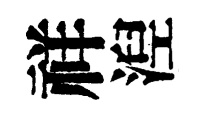
祥湼